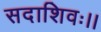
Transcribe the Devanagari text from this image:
सदाशिवः।।